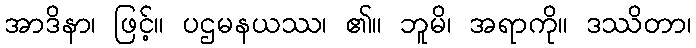
အာဒိနာ၊ ဖြင့်။ ပဌမနယဿ၊ ၏။ ဘူမိ၊ အရာကို။ ဒဿိတာ၊